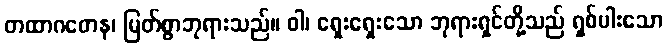
တထာဂတေန၊ မြတ်စွာဘုရားသည်။ ဝါ၊ ရှေးရှေးသော ဘုရားရှင်တို့သည် ရှစ်ပါးသော